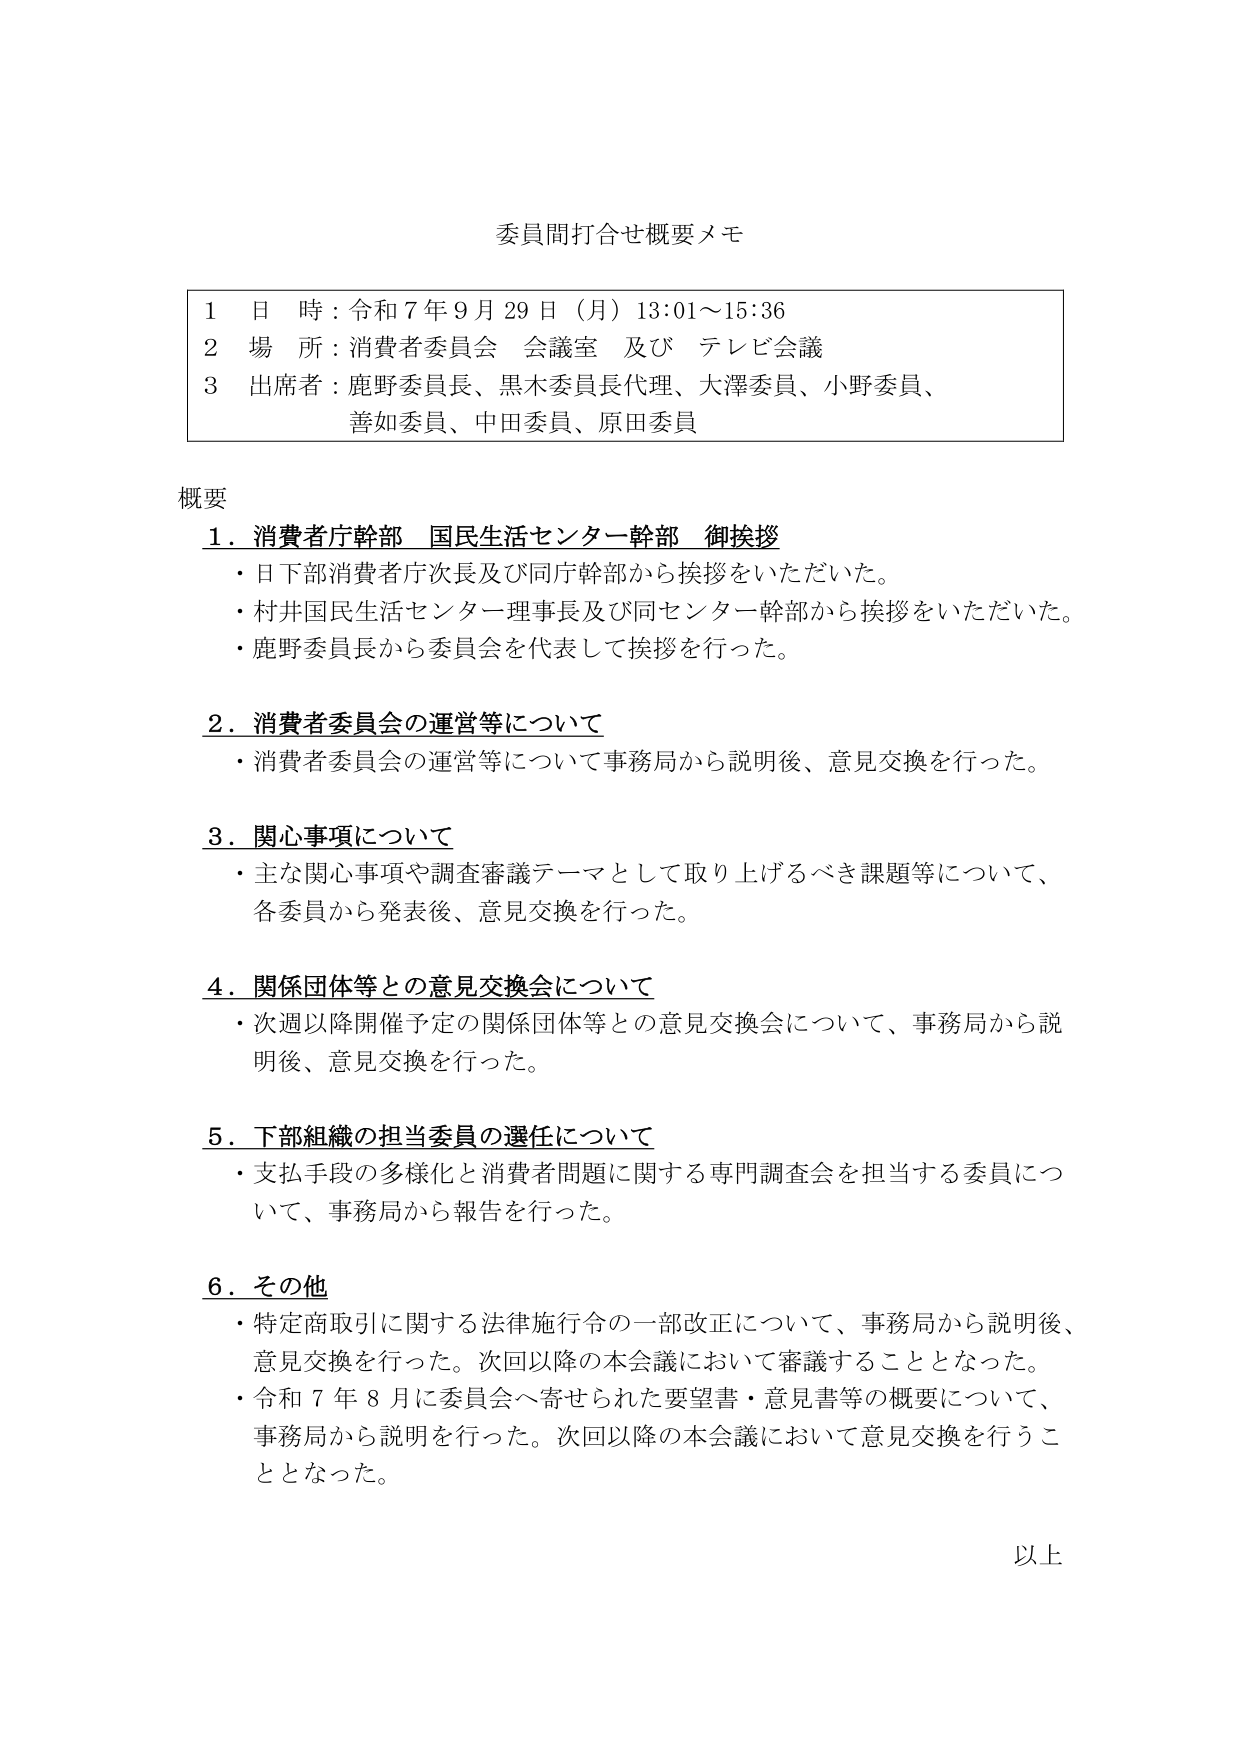
委員間打合せ概要メモ

1 日 時：令和7年9月29日（月）13:01～15:36
2 場 所：消費者委員会 会議室 及び テレビ会議
3 出席者：鹿野委員長、黒木委員長代理、大澤委員、小野委員、
　　　　　善如委員、中田委員、原田委員

概要
1．消費者庁幹部 国民生活センター幹部 御挨拶
　・日下部消費者庁次長及び同庁幹部から挨拶をいただいた。
　・村井国民生活センター理事長及び同センター幹部から挨拶をいただいた。
　・鹿野委員長から委員会を代表して挨拶を行った。

2．消費者委員会の運営等について
　・消費者委員会の運営等について事務局から説明後、意見交換を行った。

3．関心事項について
　・主な関心事項や調査審議テーマとして取り上げるべき課題等について、
　　各委員から発表後、意見交換を行った。

4．関係団体等との意見交換会について
　・次週以降開催予定の関係団体等との意見交換会について、事務局から説
　　明後、意見交換を行った。

5．下部組織の担当委員の選任について
　・支払手段の多様化と消費者問題に関する専門調査会を担当する委員につ
　　いて、事務局から報告を行った。

6．その他
　・特定商取引に関する法律施行令の一部改正について、事務局から説明後、
　　意見交換を行った。次回以降の本会議において審議することとなった。
　・令和7年8月に委員会へ寄せられた要望書・意見書等の概要について、
　　事務局から説明を行った。次回以降の本会議において意見交換を行うこ
　　ととなった。

以上